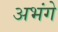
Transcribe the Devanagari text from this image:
अभंगे